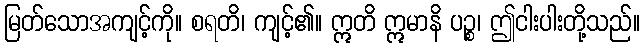
မြတ်သောအကျင့်ကို။ စရတိ၊ ကျင့်၏။ ဣတိ ဣမာနိ ပဉ္စ၊ ဤငါးပါးတို့သည်။